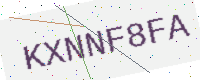
Text: KXNNF8FA